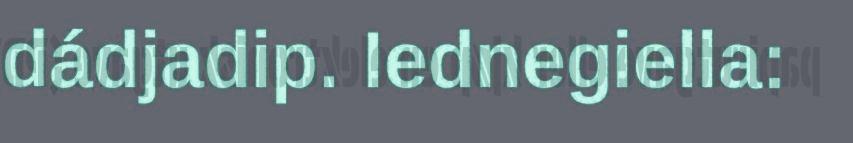
dádjadip. Iednegiella: